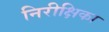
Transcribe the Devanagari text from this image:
निरीक्षिका